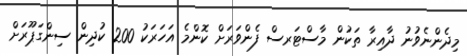
މިދެންނެވުނު ދާއިރާ ތަކުން މާސްޓަރސް ފެންވަރަށް ކޮންމެ އަހަރަކު 200 ކުދިން ސިންގަޕޫރަށް